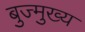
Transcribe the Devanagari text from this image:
बुज्मुख्य